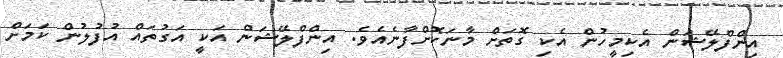
އިންފްލޭޝަން އެކިމީހުން އެކި ގޮތަށް މާނަކޮށްފާނެއެވެ. އިންފްލޭޝަން އަކީ އަގުތައް އުފުލުން ކަމަށް